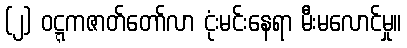
(၂) ဝဋ္ဋကဇာတ်တော်လာ ငုံးမင်းနေရာ မီးမလောင်မှု။